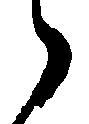
ゝ